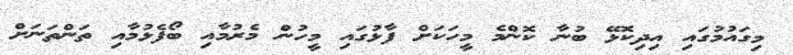
މިގައުމުގައި އިދިކޮޅޭ ބުނާ ކޮންމެ މީހަކަށް ފާޅުގައި މީހުން މެރުމާއި ބޯފެޅުމާއި ތަންތަނަށް